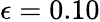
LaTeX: \epsilon=0.10